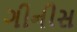
ગીનીસ